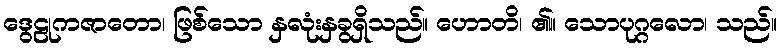
ဒွေဠုကဇာတော၊ ဖြစ်သော နှလုံးနှခွရှိသည်။ ဟောတိ၊ ၏။ သောပုဂ္ဂလော၊ သည်။